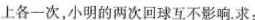
上各一次，小明的两次回球互不影响。求：